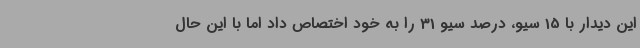
این دیدار با 15 سیو، درصد سیو 31 را به خود اختصاص داد اما با این حال